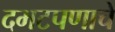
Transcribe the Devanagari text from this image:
दमटपणाचे